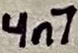
Text: 4n7